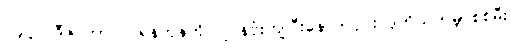
၁၉၄၁ ဒီဇင်ဘာလ ရန်ကုန်ကို ဂျပန်ဗုံးကျပြီးနောက်ပိုင်း ဒုတိယကမ္ဘာစစ်မီး